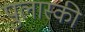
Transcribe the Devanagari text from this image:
पुलास्की